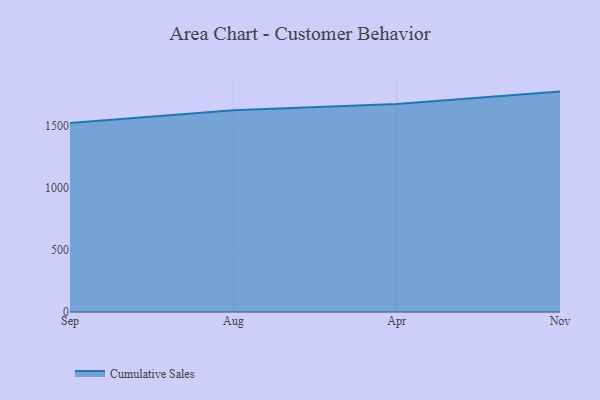
{"axis": {"x": "Month", "y": "Active Users"}, "legend": ["Cumulative Sales"], "data": [{"x": "Sep", "y": 1522.0, "type": "Cumulative Sales"}, {"x": "Aug", "y": 1624.5, "type": "Cumulative Sales"}, {"x": "Apr", "y": 1675.0, "type": "Cumulative Sales"}, {"x": "Nov", "y": 1774.5, "type": "Cumulative Sales"}]}